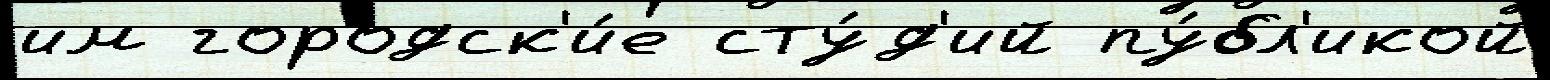
им городск'и́е сту́д'ий пу́бл'икой